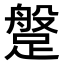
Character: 𨃞